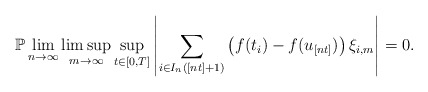
\begin{align*}\mathbb{P}\lim_{n\rightarrow \infty }\limsup_{m\rightarrow \infty}\sup_{t\in \lbrack 0,T]}\left\vert \sum_{i\in I_{n}([nt]+1)}\left(f(t_{i})-f(u_{[nt]})\right) \xi _{i,m}\right\vert =0. \end{align*}